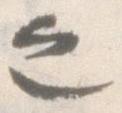
之